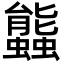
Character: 䘅